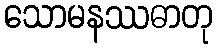
သောမနဿဓာတု